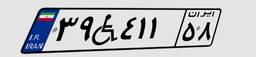
۳۹W۴۱۱۵۸